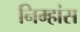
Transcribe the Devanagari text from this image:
निम्हांस